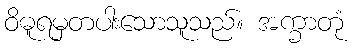
ဝိဓူရမှတပါးသောသူသည်။ အက္ခာတုံ